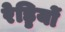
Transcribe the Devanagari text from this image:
रेड्डियों